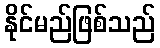
နိုင်မည်ဖြစ်သည်